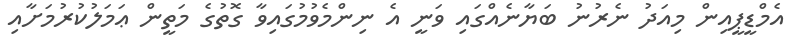
އެމްޑީޕީއިން މިއަދު ނެރުނު ބަޔާނެއްގައި ވަނީ އެ ނިންމެވުމުގައިވާ ގޮތުގެ މަތީން ޢަމަލުކުރުމަށާއި